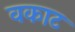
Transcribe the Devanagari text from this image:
वकाट